Indian journal of veterinary science and animal husbandry - Volume 9,
Year: 1939
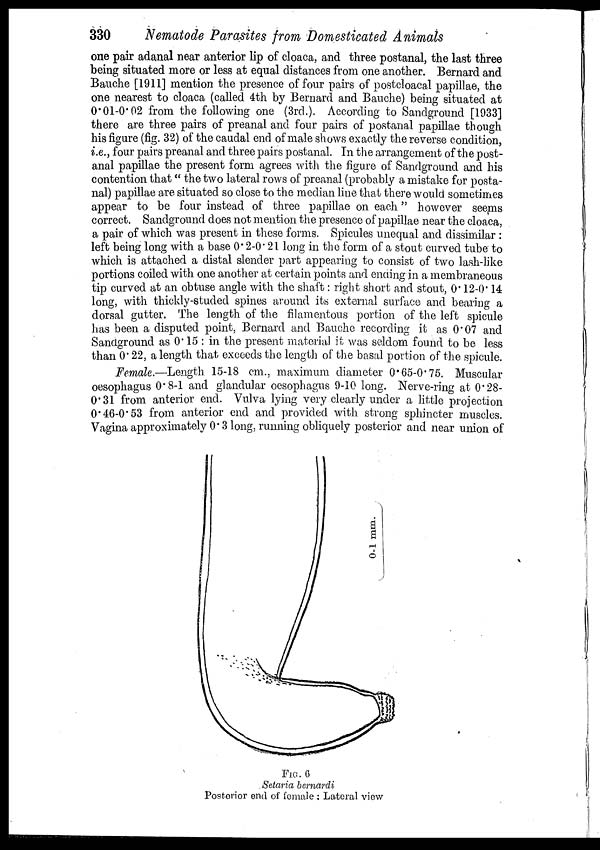
330
Nematode Parasites from Domesticated Animals
one pair adanal near anterior lip of cloaca, and three postanal, the last three
being situated more or less at equal distances from one another. Bernard and
Bauche [1911] mention the presence of four pairs of postcloacal papillae, the
one nearest to cloaca (called 4th by Bernard and Bauche) being situated at
0.01-0.02 from the following one (3rd.). According to Sandground [1933]
there are three pairs of preanal and four pairs of postanal papillae though
his figure (fig. 32) of the caudal end of male shows exactly the reverse condition,
i.e., four pairs preanal and three pairs postanal. In the arrangement of the post-
anal papillae the present form agrees with the figure of Sandground and his
contention that" the two lateral rows of preanal (probably a mistake for posta-
nal) papillae are situated so close to the median line that there would sometimes
appear to be four instead of three papillae on each" however seems
correct. Sandground does not mention the presence of papillae near the cloaca,
a pair of which was present in these forms. Spicules unequal and dissimilar :
left being long with a base 0.2-0.21 long in the form of a stout curved tube to
which is attached a distal slender part appearing to consist of two lash-like
portions coiled with one another at certain points and ending in a membraneous
tip curved at an obtuse angle with the shaft: right short and stout, 0.12-0.14
long, with thickly-studed spines around its external surface and bearing a
dorsal gutter. The length of the filamentous portion of the left spicule
has been a disputed point, Bernard and Bauche recording it as 0.07 and
Sandground as 0.15 : in the present material it was seldom found to be less
than 0.22, a length that exceeds the length of the basal portion of the spicule.
Female.—Length 15-18 cm., maximum diameter 0.65-0.75. Muscular
oesophagus 0.8-1 and glandular oesophagus 9-10 long. Nerve-ring at 0.28-
0.31 from anterior end. Vulva lying very clearly under a little projection
0.46-0.53 from anterior end and provided with strong sphincter muscles.
Vagina approximately 0.3 long, running obliquely posterior and near union of
FIG. 6
Selaria bernardi
Posterior end of female ; Lateral view